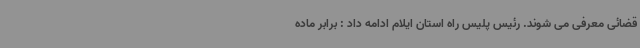
قضائی معرفی می شوند. رئیس پلیس راه استان ایلام ادامه داد : برابر ماده